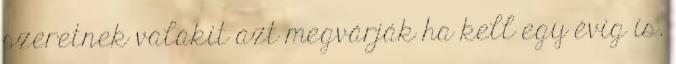
szeretnek valakit azt megvárják ha kell egy évig is.